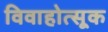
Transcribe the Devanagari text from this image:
विवाहोत्सूक